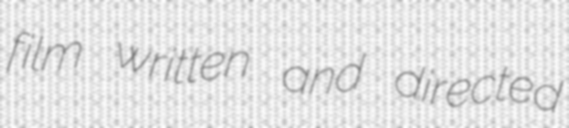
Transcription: film written and directed